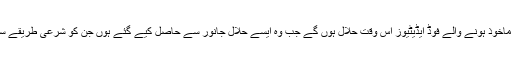
(2)حیوانات سے ماخوذ ہونے والے فوڈ ایڈیٹیوز اس وقت حلال ہوں گے جب وہ ایسے حلال جانور سے حاصل کیے گئے ہوں جن کو شرعی طریقے سے ذبح کیا گیا ہو۔